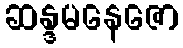
ဆန္ဒမနေဇော